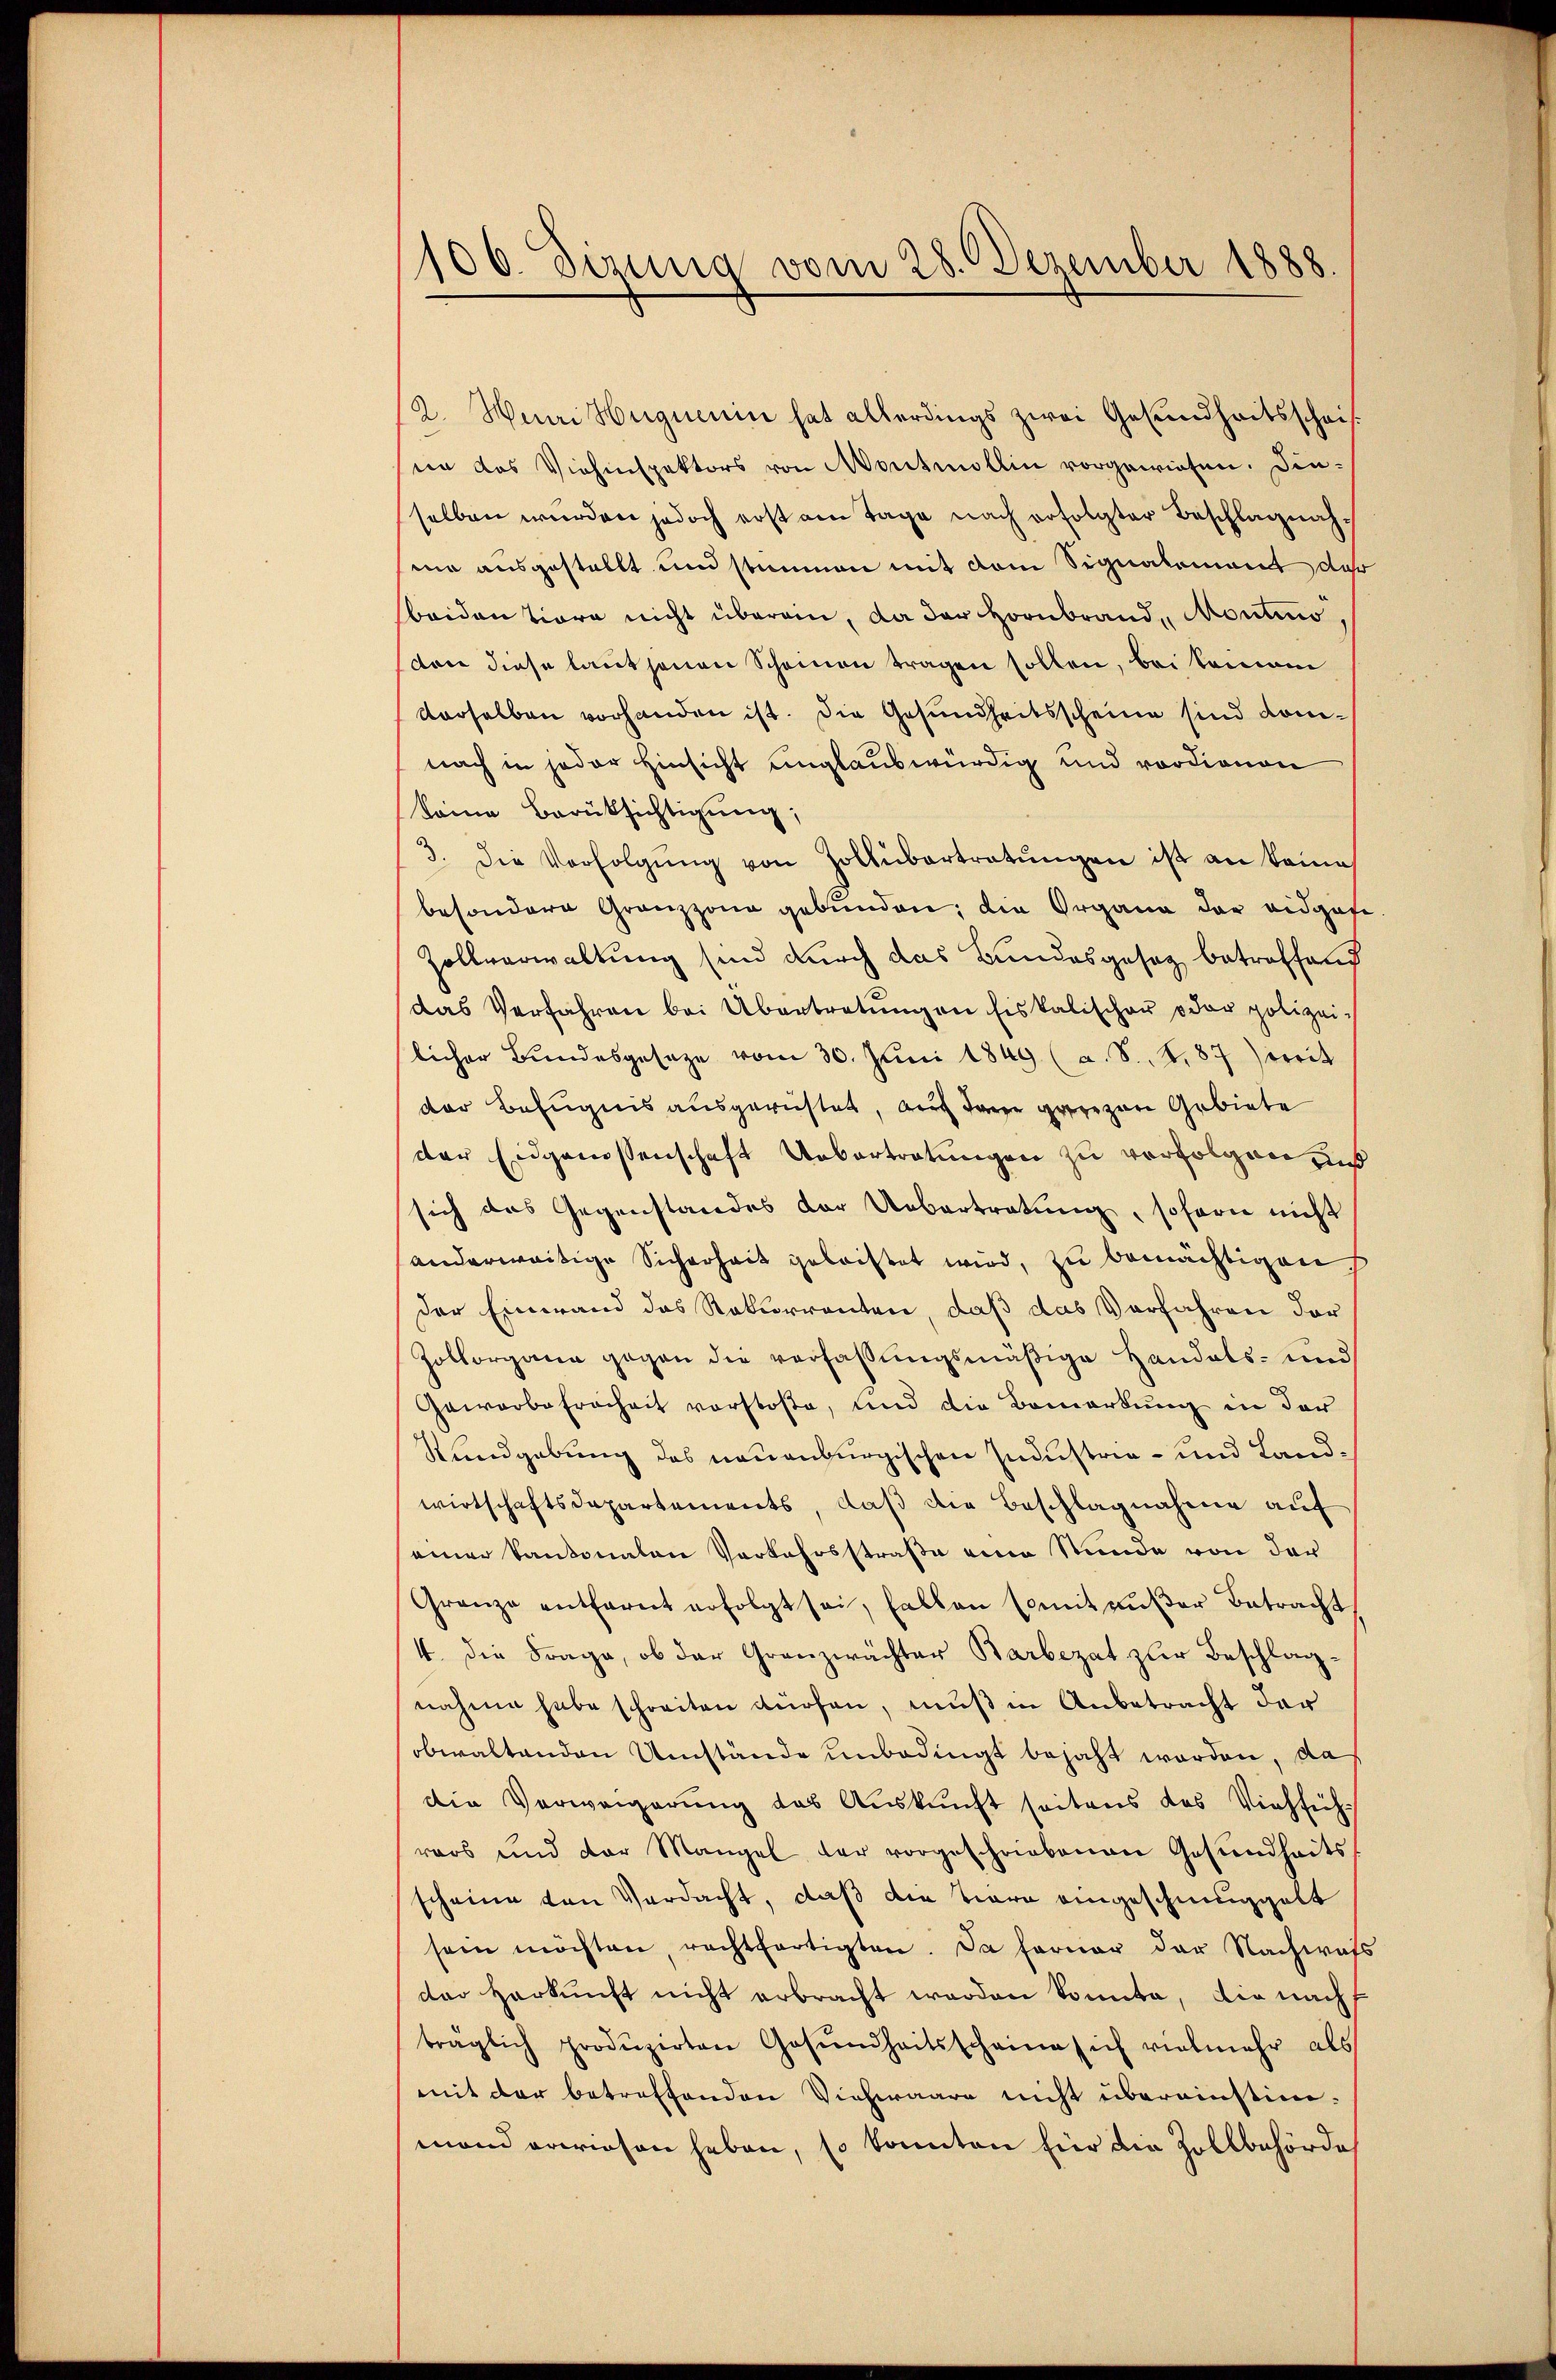
106. Sizung vom 28. Dezember 1888

2. Wini Huguenin hat allerdings zwei Gesundheitsschrifnn das Viehinspektors von Montmollin vorgewiesen. Dieselben wurden jedoch erst den Tage nach erfolgter Beschlagnahsina ausgestellt und stimmen mit dem Signalement daß
beiden Tiere nicht überain, da der Hornbrand, Montino,
ton diese laut jenen Scheinen tragen sollen, bei keinem
derselben vorhanden ist. Die Gesundheitsscheine sind komnach in jeder Hinsicht unglaubwürdig und vordienen
keine Berücksichtigung;
3. die Verfolgŭng von Zollübertretŭngen ist an keine
besondere Grenzzona gebunden; die Organe der eidgase
Zollverwaltung sind durch das Bundesgesez betreffend
das Verfahren bei Übertretŭngen fiskalischer oder polizeilicher Bundesgesetze vom 30. Juni 1849 (a. S. S. 87) treit
der Befugnis ausgerichtet, auch dann ganzen Gebiete
der Eidgenossenschaft Uebertretungen zu verfolgen und
sich das Gegenstandes der Uebertretung, sofern nicht
anderweitige Sicherheit geleistet wird, zu bemächtigen
der Einwand das Rekurrenten, daß das Verfahren der
Zollorgane gegen die verfaßungsmäßige Handels- und
Gewerbefreiheit vorstoße, und die Bemerkung in der
Rundgebung des neuenburgischen Industrie- und Landwirtschaftsdepartements, daß die Beschlagnahme auf
einer Kantonalen Vorkehrsstraße eine Stunde von der
Granze entfernt erfolgt sei, fallen Comit außer Betracht
4. die Frage, ob der Granzwächter Barbezat zur Beschlag-
nahme habe schreiten dürfen, muß in Anbetracht der
obwaltenden Umstände unbedingt bejaht worden, da
die Verweigerung des Auskunft seitens das Viehführars und der Mangel der vorgeschriebenen Gesundheits
scheine von Verdacht, daß die Tiera eingeschmuggelt
sein möchten, rechtfertigten. Da ferner der Nachwass
der Herkunft nicht erbracht worden konnte, die nach
träglich produzirten Gesŭndheitsscheine sich vielmehr als
mit der betreffenden Viehwaare nicht übereinstimmand erwiesen haben, so konnten für die Zollbehörde